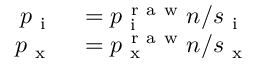
\begin{array} { r l } { p _ { \mathrm { ~ i ~ } } } & { { } = p _ { \mathrm { ~ i ~ } } ^ { \mathrm { ~ r ~ a ~ w ~ } } n / s _ { \mathrm { ~ i ~ } } } \\ { p _ { \mathrm { ~ x ~ } } } & { { } = p _ { \mathrm { ~ x ~ } } ^ { \mathrm { ~ r ~ a ~ w ~ } } n / s _ { \mathrm { ~ x ~ } } } \end{array}